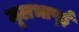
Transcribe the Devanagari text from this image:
मूलभाष्ई